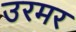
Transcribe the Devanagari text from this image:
उरमर